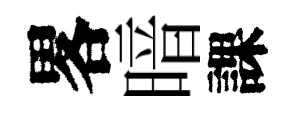
畧暗課